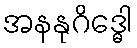
အနနုဂိဒ္ဓေါ